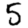
Digit: 5